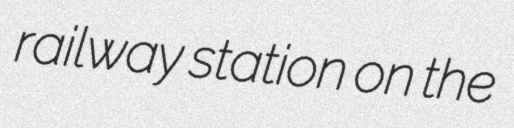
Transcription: railway station on the